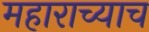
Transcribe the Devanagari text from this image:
महाराच्याच